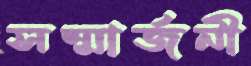
সম্মার্জনী